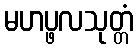
မဟပ္ဖလသုတ္တံ